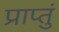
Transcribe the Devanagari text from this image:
प्राप्तुं